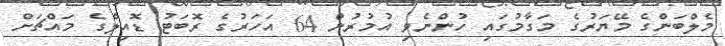
މެލްބަންގެ މޭޔަރުގެ މަގާމުގައި ހުންނެވި އުމުރުން 64 އަހަރުގެ ރޮބަޓު ޑޮއިލްގެ މައްޗަށް